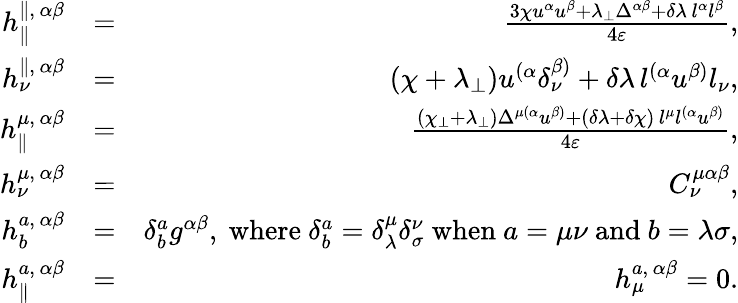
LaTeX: \begin{array}{rlr}{h_{\parallel}^{\parallel,\, \alpha\beta}}&{=}&{\frac{3\chi u^{\alpha}u^{\beta}+\lambda_{\perp}\Delta^{\alpha\beta}+\delta\lambda\, l^{\alpha}l^{\beta}}{4\varepsilon},}\\ {h_{\nu}^{\parallel,\, \alpha\beta}}&{=}&{(\chi+\lambda_{\perp})u^{(\alpha}\delta_{\nu}^{\beta)}+\delta\lambda\, l^{(\alpha}u^{\beta)}l_{\nu},}\\ {h_{\parallel}^{\mu,\, \alpha\beta}}&{=}&{\frac{(\chi_{\perp}+\lambda_{\perp})\Delta^{\mu(\alpha}u^{\beta)}+(\delta\lambda+\delta\chi)\, l^{\mu}l^{(\alpha}u^{\beta)}}{4\varepsilon},}\\ {h_{\nu}^{\mu,\, \alpha\beta}}&{=}&{C_{\nu}^{\mu\alpha\beta},}\\ {h_{b}^{a,\, \alpha\beta}}&{=}&{\delta_{b}^{a}g^{\alpha\beta},\mathrm{~where~}\delta_{b}^{a}=\delta_{\lambda}^{\mu}\delta_{\sigma}^{\nu}\mathrm{~when~}a=\mu\nu\mathrm{~and~}b=\lambda\sigma,}\\ {h_{\parallel}^{a,\, \alpha\beta}}&{=}&{h_{\mu}^{a,\, \alpha\beta}=0.}\end{array}